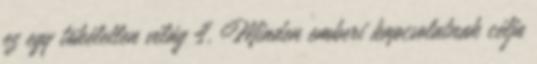
ez egy tökéletlen világ 4. Minden emberi kapcsolatnak célja